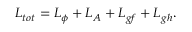
{ \cal L } _ { t o t } = { \cal L } _ { \phi } + { \cal L } _ { A } + { \cal L } _ { g f } + { \cal L } _ { g h } .